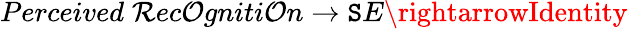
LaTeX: Perceived\; \mathcal{R}ec\mathcal{O}gniti\mathcal{O}n\rightarrow\mathtt{S}E\rightarrowIdentity